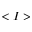
< I >